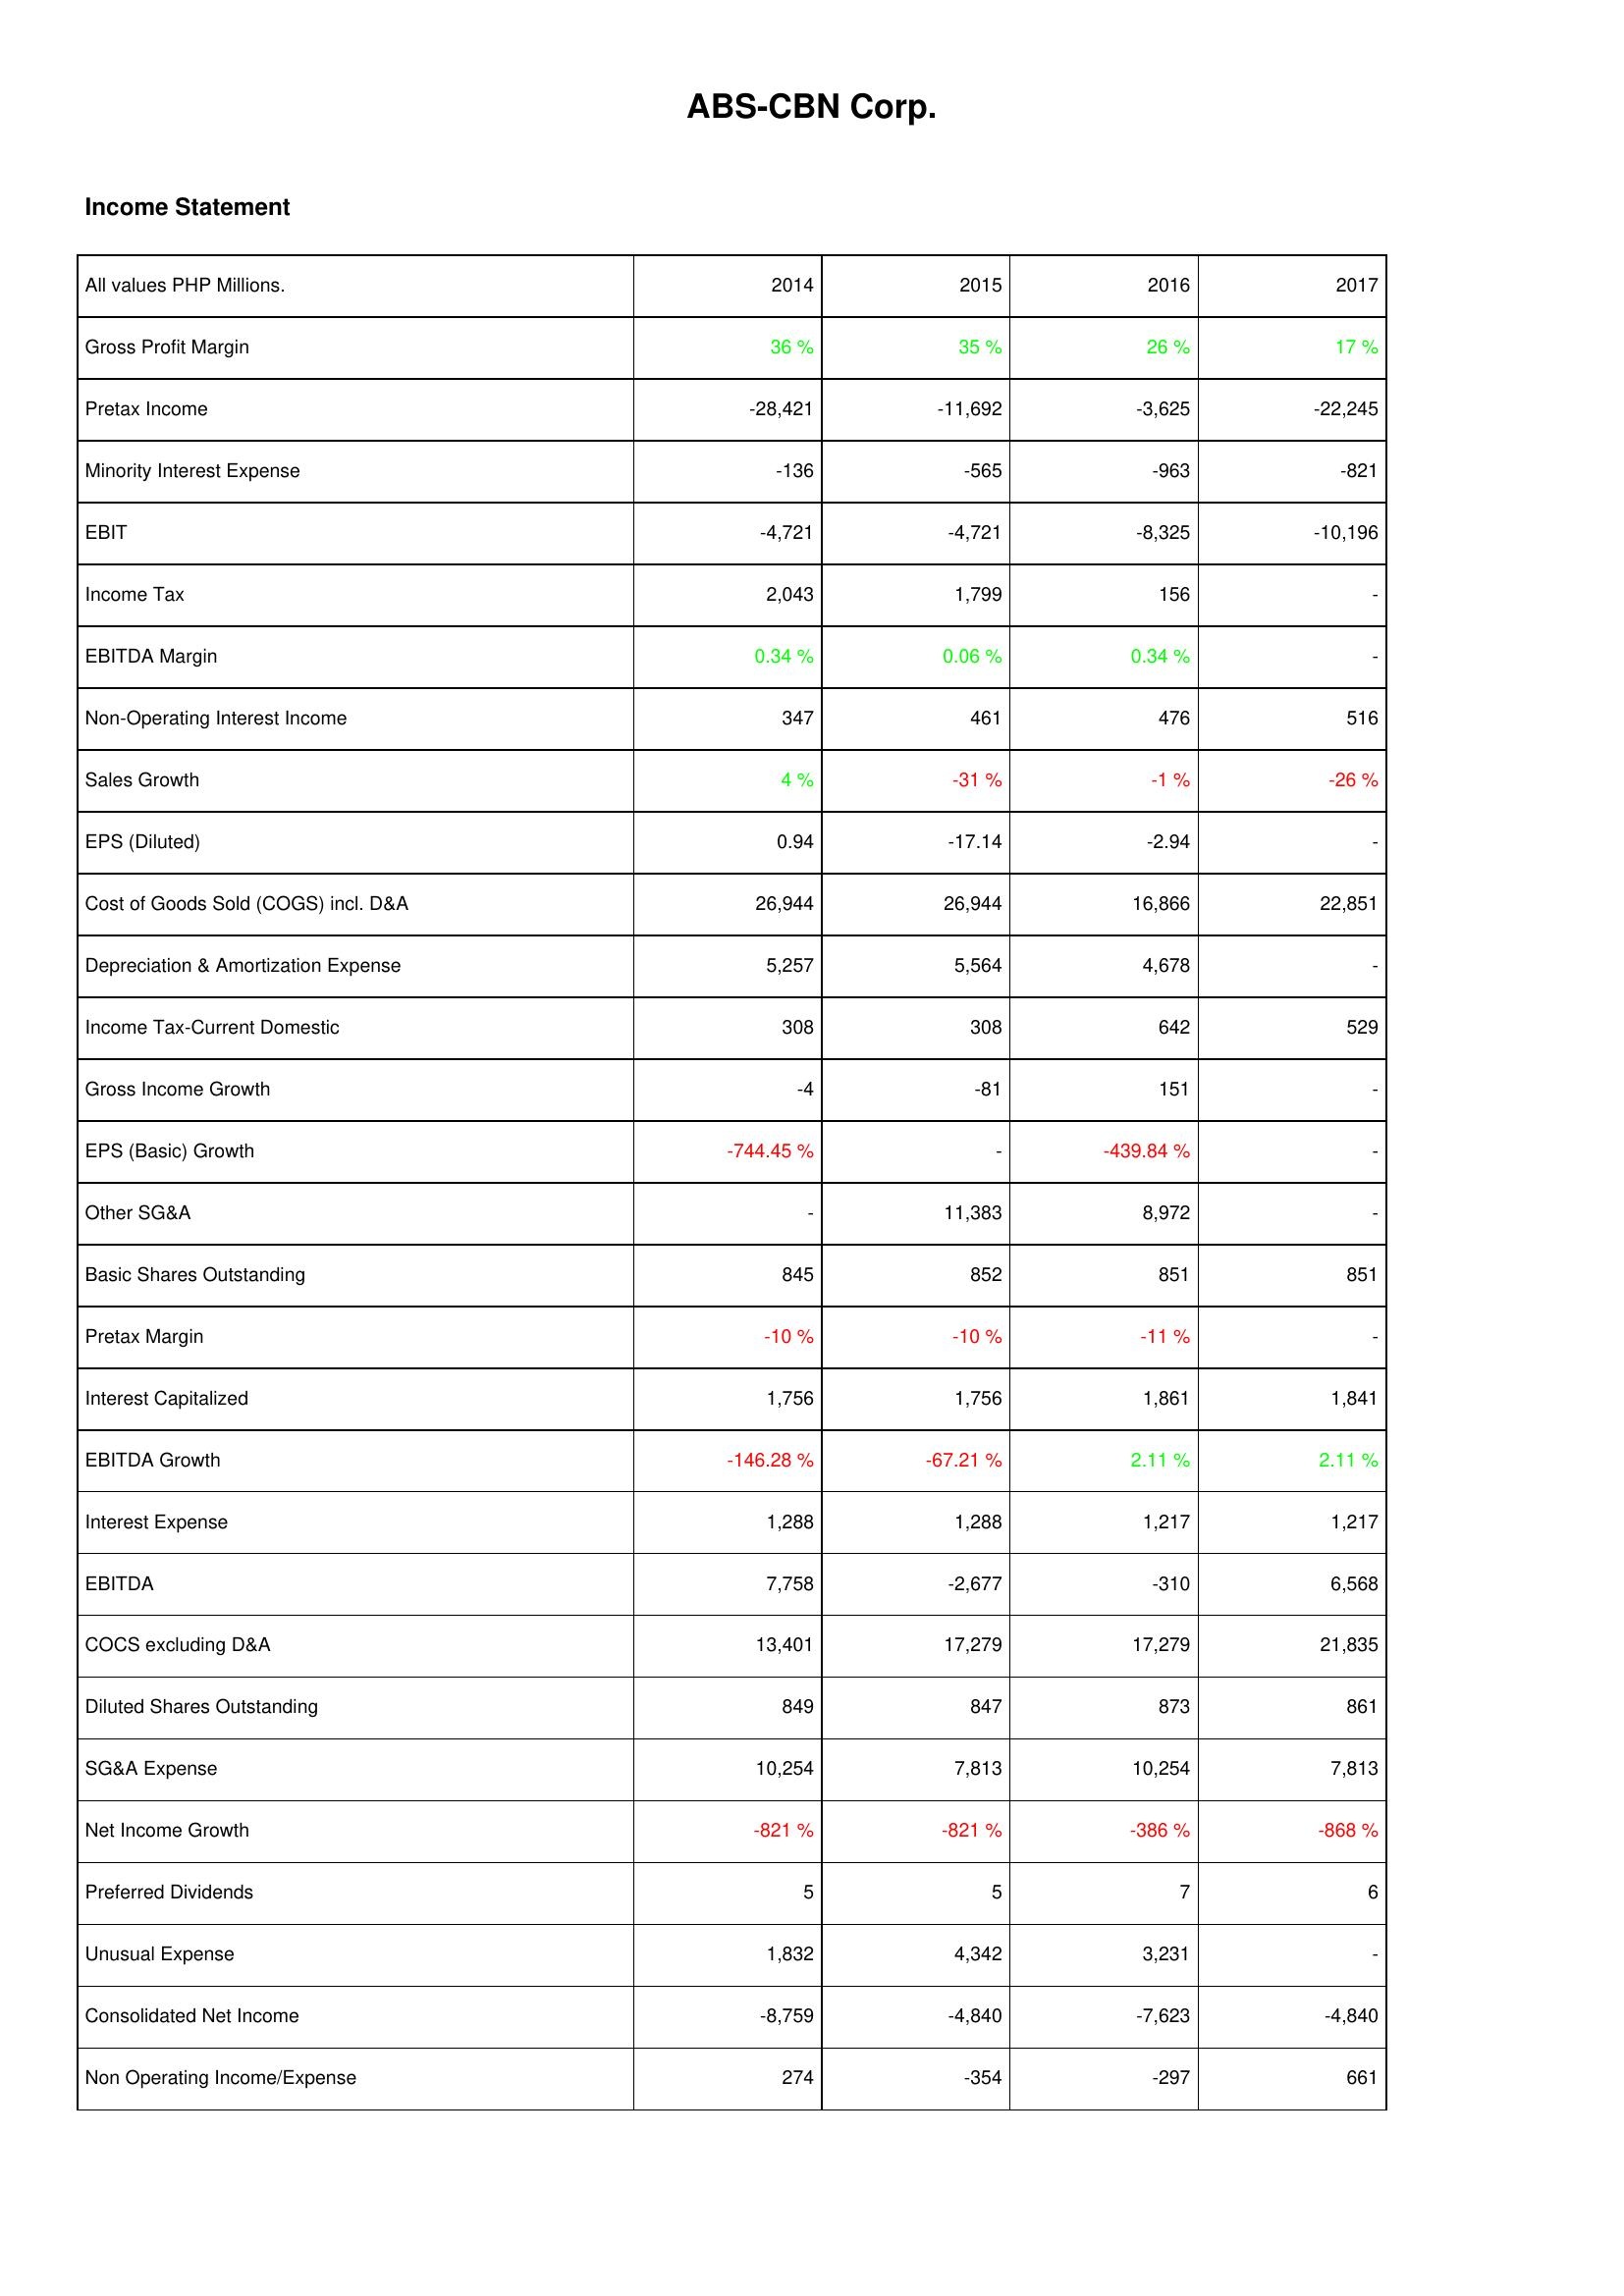
2014: Income Statement: Gross Profit Margin: 36 %
Pretax Income: -28,421
Minority Interest Expense: -136
EBIT: -4,721
Income Tax: 2,043
EBITDA Margin: 0.34 %
Non-Operating Interest Income: 347
Sales Growth: 4 %
EPS (Diluted): 0.94
Cost of Goods Sold (COGS) incl. D&A: 26,944
Depreciation & Amortization Expense: 5,257
Income Tax-Current Domestic: 308
Gross Income Growth: -4
EPS (Basic) Growth: -744.45 %
Other SG&A: -
Basic Shares Outstanding: 845
Pretax Margin: -10 %
Interest Capitalized: 1,756
EBITDA Growth: -146.28 %
Interest Expense: 1,288
EBITDA: 7,758
COCS excluding D&A: 13,401
Diluted Shares Outstanding: 849
SG&A Expense: 10,254
Net Income Growth: -821 %
Preferred Dividends: 5
Unusual Expense: 1,832
Consolidated Net Income: -8,759
Non Operating Income/Expense: 274
2015: Income Statement: Gross Profit Margin: 35 %
Pretax Income: -11,692
Minority Interest Expense: -565
EBIT: -4,721
Income Tax: 1,799
EBITDA Margin: 0.06 %
Non-Operating Interest Income: 461
Sales Growth: -31 %
EPS (Diluted): -17.14
Cost of Goods Sold (COGS) incl. D&A: 26,944
Depreciation & Amortization Expense: 5,564
Income Tax-Current Domestic: 308
Gross Income Growth: -81
EPS (Basic) Growth: -
Other SG&A: 11,383
Basic Shares Outstanding: 852
Pretax Margin: -10 %
Interest Capitalized: 1,756
EBITDA Growth: -67.21 %
Interest Expense: 1,288
EBITDA: -2,677
COCS excluding D&A: 17,279
Diluted Shares Outstanding: 847
SG&A Expense: 7,813
Net Income Growth: -821 %
Preferred Dividends: 5
Unusual Expense: 4,342
Consolidated Net Income: -4,840
Non Operating Income/Expense: -354
2016: Income Statement: Gross Profit Margin: 26 %
Pretax Income: -3,625
Minority Interest Expense: -963
EBIT: -8,325
Income Tax: 156
EBITDA Margin: 0.34 %
Non-Operating Interest Income: 476
Sales Growth: -1 %
EPS (Diluted): -2.94
Cost of Goods Sold (COGS) incl. D&A: 16,866
Depreciation & Amortization Expense: 4,678
Income Tax-Current Domestic: 642
Gross Income Growth: 151
EPS (Basic) Growth: -439.84 %
Other SG&A: 8,972
Basic Shares Outstanding: 851
Pretax Margin: -11 %
Interest Capitalized: 1,861
EBITDA Growth: 2.11 %
Interest Expense: 1,217
EBITDA: -310
COCS excluding D&A: 17,279
Diluted Shares Outstanding: 873
SG&A Expense: 10,254
Net Income Growth: -386 %
Preferred Dividends: 7
Unusual Expense: 3,231
Consolidated Net Income: -7,623
Non Operating Income/Expense: -297
2017: Income Statement: Gross Profit Margin: 17 %
Pretax Income: -22,245
Minority Interest Expense: -821
EBIT: -10,196
Income Tax: -
EBITDA Margin: -
Non-Operating Interest Income: 516
Sales Growth: -26 %
EPS (Diluted): -
Cost of Goods Sold (COGS) incl. D&A: 22,851
Depreciation & Amortization Expense: -
Income Tax-Current Domestic: 529
Gross Income Growth: -
EPS (Basic) Growth: -
Other SG&A: -
Basic Shares Outstanding: 851
Pretax Margin: -
Interest Capitalized: 1,841
EBITDA Growth: 2.11 %
Interest Expense: 1,217
EBITDA: 6,568
COCS excluding D&A: 21,835
Diluted Shares Outstanding: 861
SG&A Expense: 7,813
Net Income Growth: -868 %
Preferred Dividends: 6
Unusual Expense: -
Consolidated Net Income: -4,840
Non Operating Income/Expense: 661